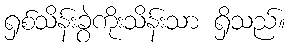
ရှစ်သိန်းခွဲကိုးသိန်းသာ ရှိသည်။